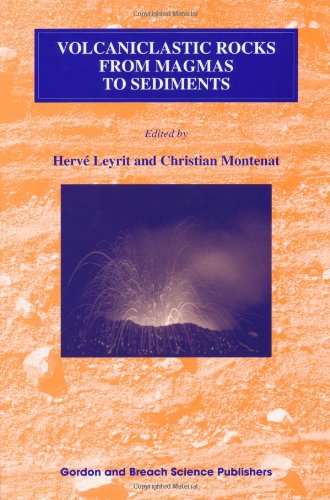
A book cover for Volcaniclastic Rocks, from Magmas to Sediments; Science & Math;